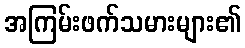
အကြမ်းဖက်သမားများ၏